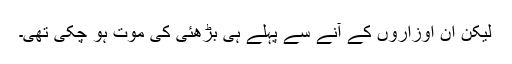
لیکن ان اوزاروں کے آنے سے پہلے ہی بڑھئی کی موت ہو چکی تھی۔